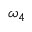
\omega _ { 4 }